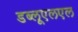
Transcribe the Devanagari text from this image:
डब्लूएलएल